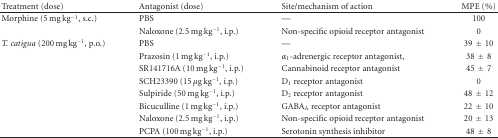
| Treatment (dose) | Antagonist (dose) | Site/mechanism of action | MPE (%) |
 | --- | --- | --- | --- |
 | Morphine (5 mg kg−1, s.c.) | PBS | — | 100 |
 |  | Naloxone (2.5 mg kg−1, i.p.) | Non-specific opioid receptor antagonist | 0 |
 | T. catigua (200 mg kg−1, p.o.) | PBS | — | 39±10 |
 |  | Prazosin (1 mg kg−1, i.p.) | α1-adrenergic receptor antagonist, | 38±8 |
 |  | SR141716A (10 mg kg−1, i.p.) | Cannabinoid receptor antagonist | 45±7 |
 |  | SCH23390 (15 μg kg−1, i.p.) | D1 receptor antagonist | 0 |
 |  | Sulpiride (50 mg kg−1, i.p.) | D2 receptor antagonist | 48±12 |
 |  | Bicuculline (1 mg kg−1, i.p.) | GABAA receptor antagonist | 22±10 |
 |  | Naloxone (2.5 mg kg−1, i.p.) | Non-specific opioid receptor antagonist | 20±13 |
 |  | PCPA (100 mg kg−1, i.p.) | Serotonin synthesis inhibitor | 48±8 |